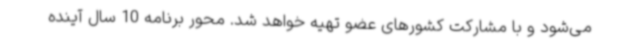
می‌شود و با مشارکت کشورهای عضو تهیه خواهد شد. محور برنامه 10 سال آینده